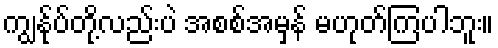
ကျွန်ုပ်တို့လည်းပဲ အစစ်အမှန် မဟုတ်ကြပါဘူး။